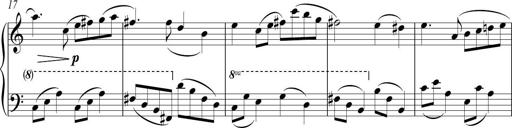
Title: Sonatina No. 1 in C
Composer: A. Marando
Key: C major